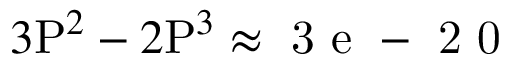
3 \mathrm { P } ^ { 2 } - 2 \mathrm { P } ^ { 3 } \approx \mathrm { ~ 3 ~ e ~ - ~ 2 ~ 0 ~ }